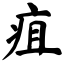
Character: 疽